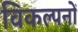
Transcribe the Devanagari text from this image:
विकल्पनों